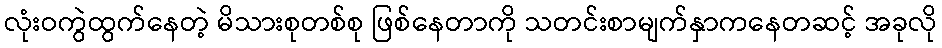
လုံးဝကွဲထွက်နေတဲ့ မိသားစုတစ်စု ဖြစ်နေတာကို သတင်းစာမျက်နှာကနေတဆင့် အခုလို